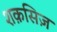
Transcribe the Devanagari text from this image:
शक़सिज़